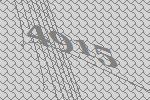
4915